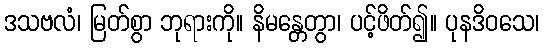
ဒသဗလံ၊ မြတ်စွာ ဘုရားကို။ နိမန္တေတွာ၊ ပင့်ဖိတ်၍။ ပုနဒိဝသေ၊